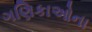
ગણિકાઓના